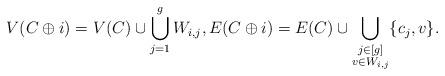
LaTeX: \begin{align*}V(C \oplus i) = V(C) \cup \bigcup_{j = 1}^g W_{i,j}, E(C \oplus i) = E(C) \cup \bigcup_{\substack{j \in [g]\\v \in W_{i,j}}} \{c_j, v\}.\end{align*}